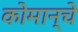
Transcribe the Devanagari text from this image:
कोमान्चे